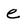
Character: e